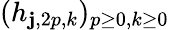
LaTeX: (h_{\mathbf{j},2p,k})_{p{\geq}0,k{\geq}0}